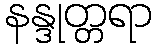
နန္ဒုတ္တရာ